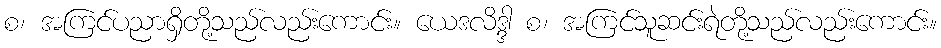
စ၊ အကြင်ပညာရှိတို့သည်လည်းကောင်း။ ယေဒလိဒ္ဒါ စ၊ အကြင်သူဆင်းရဲတို့သည်လည်းကောင်း။